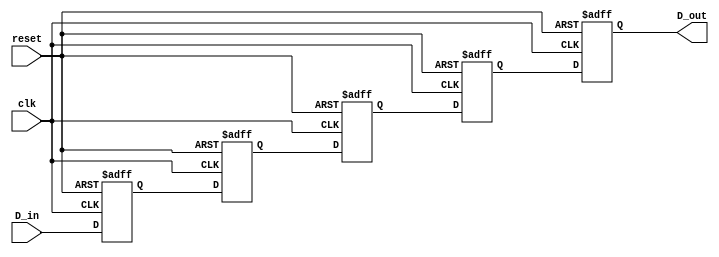
module multistage_register #(
    parameter WIDTH = 8,      // Width of the data bus
    parameter STAGES = 4      // Number of register stages
)(
    input wire [WIDTH-1:0] D_in,   // Input data bus
    input wire clk,                 // Clock signal
    input wire reset,               // Reset signal
    output reg [WIDTH-1:0] D_out    // Output data bus
);

    // Declare an array of registers to hold the data for each stage
    reg [WIDTH-1:0] registers [0:STAGES-1];

    integer i;

    // Sequential logic for the multistage register
    always @(posedge clk or posedge reset) begin
        if (reset) begin
            // Clear all registers on reset
            for (i = 0; i < STAGES; i = i + 1) begin
                registers[i] <= {WIDTH{1'b0}}; // Set to zero
            end
            D_out <= {WIDTH{1'b0}}; // Clear output
        end else begin
            // Shift data through the stages
            registers[0] <= D_in; // Capture input data in the first stage
            for (i = 1; i < STAGES; i = i + 1) begin
                registers[i] <= registers[i-1]; // Shift data to the next stage
            end
            D_out <= registers[STAGES-1]; // Output the last stage data
        end
    end

endmodule